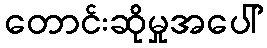
တောင်းဆိုမှုအပေါ်